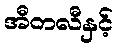
အီတလီနှင့်